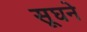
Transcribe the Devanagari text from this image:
सूघने